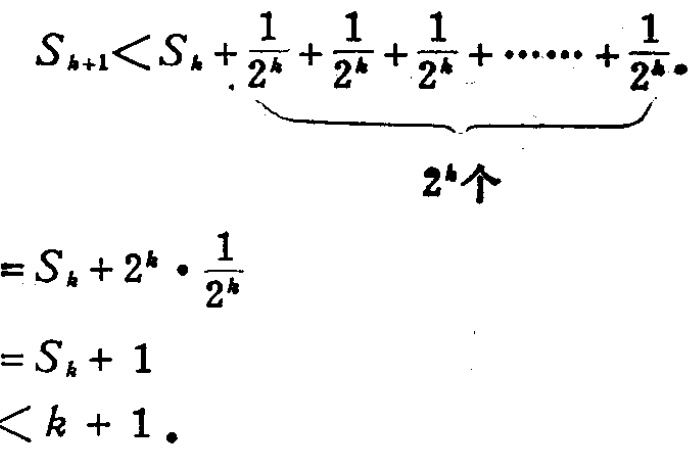
\[
\begin{align*}
S_{k + 1}&<S_{k}+\underbrace{\frac{1}{2^{k}}+\frac{1}{2^{k}}+\frac{1}{2^{k}}+\cdots\cdots+\frac{1}{2^{k}}}_{2^{k}\text{个}}\\
&=S_{k}+2^{k}\cdot\frac{1}{2^{k}}\\
&=S_{k}+1\\
&<k + 1.
\end{align*}
\]